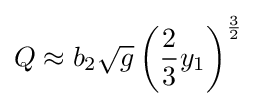
Q\approx b_{2}{\sqrt {g}}\left({\frac {2}{3}}y_{1}\right)^{\frac {3}{2}}